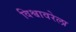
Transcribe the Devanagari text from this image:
विश्वावरेला